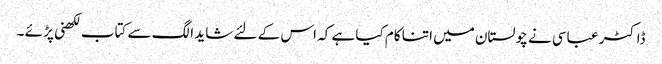
ڈاکٹر عباسی نے چولستان میں اتنا کام کیا ہے کہ اس کے لئے شاید الگ سے کتاب لکھنی پڑ ئے ۔